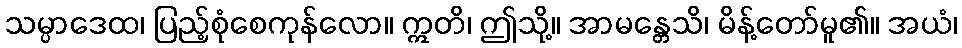
သမ္ပာဒေထ၊ ပြည့်စုံစေကုန်လော။ ဣတိ၊ ဤသို့။ အာမန္တေသိ၊ မိန့်တော်မူ၏။ အယံ၊